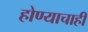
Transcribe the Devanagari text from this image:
होण्याचाही